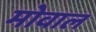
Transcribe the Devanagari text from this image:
मोवाल